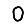
Digit: 0